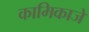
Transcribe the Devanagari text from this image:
कामिकाजे